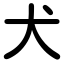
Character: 犬